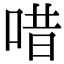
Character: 唶